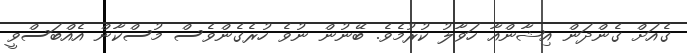
ގެއަށް ގެންދަން އިޝާންއާ ހަވާލު ކުރުމެވެ. ބޭނުން ނުވެ ހުރެގެންވެސް މުސްކާން އެއްބަސްވީ